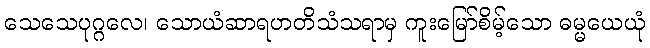
သေသေပုဂ္ဂလေ၊ သောယံဆာရဟတိသံသရာမှ ကူးမြော်စိမ့်သော ဓမ္မယေယုံ